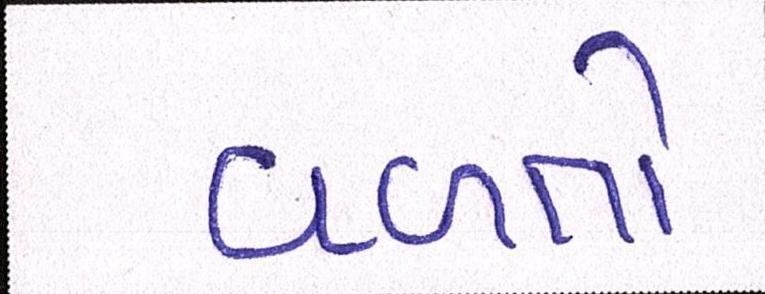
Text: વળતો